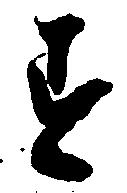
す